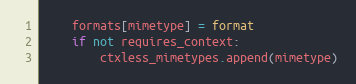
Language: Python
	formats[mimetype] = format
	if not requires_context:
		ctxless_mimetypes.append(mimetype)